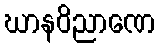
ဃာနဝိညာဏေ